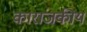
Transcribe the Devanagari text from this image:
काराजकीय